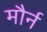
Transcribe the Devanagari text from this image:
मौर्न